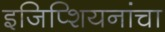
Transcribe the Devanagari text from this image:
इजिप्शियनांचा